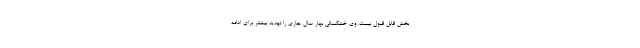
بخش قابل قبول نیست. وی خشکسالی بهار سال جاری را تهدید بیشتر برای ادامه